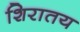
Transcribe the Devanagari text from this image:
शिरातय